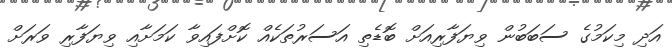
އަދި މިކަމުގެ ސަބަބުން ވިޔަފާރިއަށް ބޮޑެތި އަސަރުތަކެއް ކޮށްފައިވާ ކަމަށާއި ވިޔަފާރި ވަރަށް